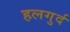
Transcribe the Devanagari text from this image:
हलगुर्द